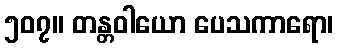
၅၀၇။ တန္တဝါယော ပေသကာရော၊